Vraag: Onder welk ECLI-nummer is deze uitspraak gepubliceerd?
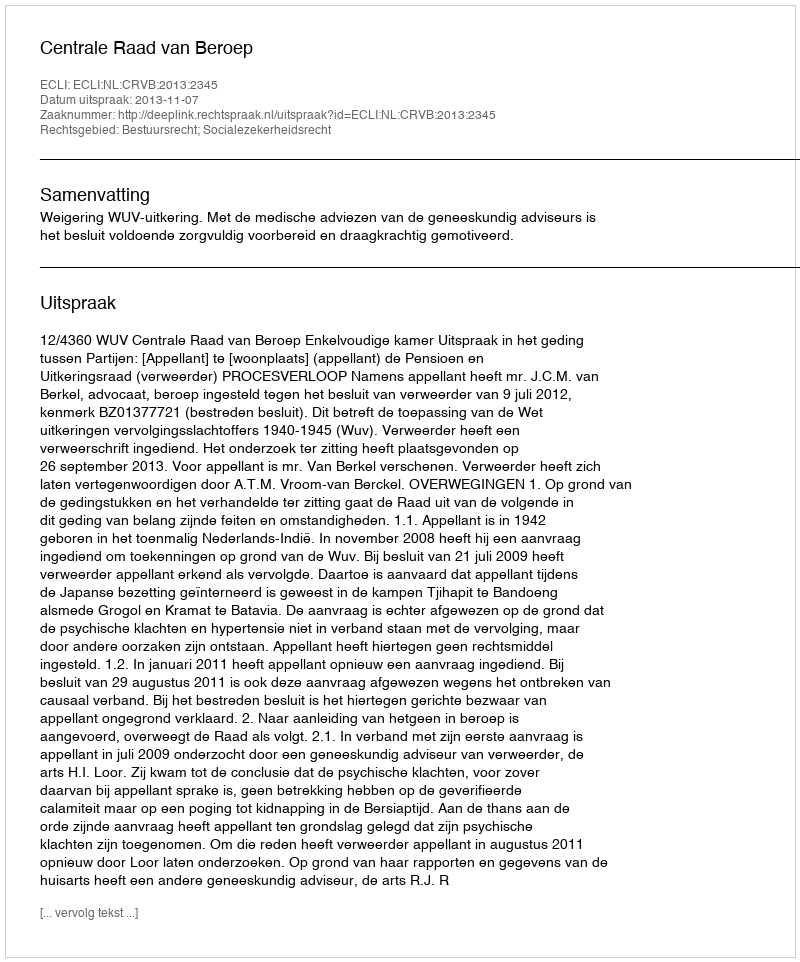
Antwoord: ECLI:NL:CRVB:2013:2345